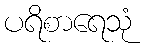
ပရိစာရေသုံ